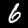
Label: 6